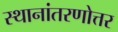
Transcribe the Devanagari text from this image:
स्थानांतरणोत्तर